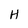
Character: H